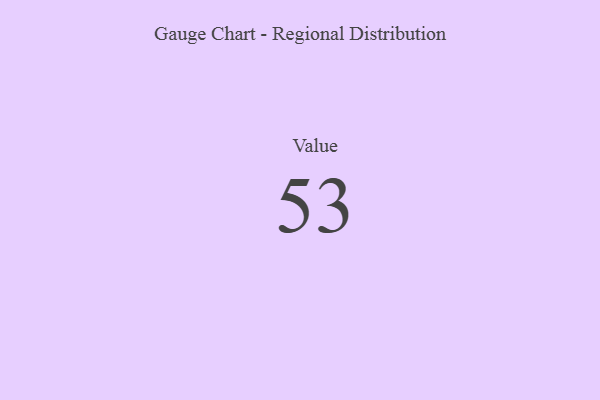
{"axis": {"x": "Metric", "y": "Value"}, "legend": [""], "data": [{"x": "Value", "y": 53, "type": ""}]}